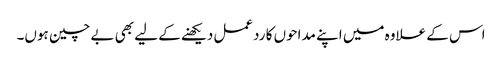
اس کے علاوہ میں اپنے مداحوں کا ردعمل دیکھنے کے لیے بھی بے چین ہوں۔